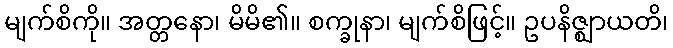
မျက်စိကို။ အတ္တနော၊ မိမိ၏။ စက္ခုနာ၊ မျက်စိဖြင့်။ ဥပနိဇ္ဈာယတိ၊